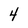
Character: 4